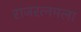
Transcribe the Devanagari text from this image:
राजरत्नमला